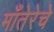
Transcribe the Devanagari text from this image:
माँतेरेचे